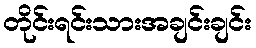
တိုင်းရင်းသားအချင်းချင်း